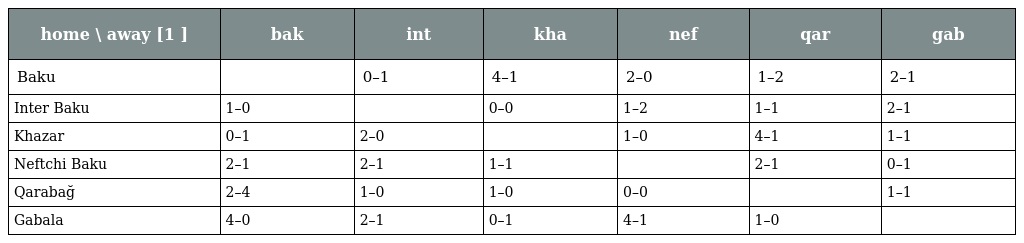
| home \ away [1 ] | bak | int | kha | nef | qar | gab |
 | --- | --- | --- | --- | --- | --- | --- |
 | Baku |  | 0–1 | 4–1 | 2–0 | 1–2 | 2–1 |
 | Inter Baku | 1–0 |  | 0–0 | 1–2 | 1–1 | 2–1 |
 | Khazar | 0–1 | 2–0 |  | 1–0 | 4–1 | 1–1 |
 | Neftchi Baku | 2–1 | 2–1 | 1–1 |  | 2–1 | 0–1 |
 | Qarabağ | 2–4 | 1–0 | 1–0 | 0–0 |  | 1–1 |
 | Gabala | 4–0 | 2–1 | 0–1 | 4–1 | 1–0 |  |